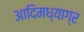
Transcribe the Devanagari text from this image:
आदिमध्याग्र